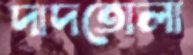
দাদতোলা